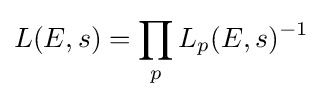
L(E,s)=\prod _{p}L_{p}(E,s)^{-1}